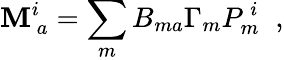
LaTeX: \mathbf{M}_{~a}^{i}=\sum_{m}B_{ma}\Gamma_{m}P_{m}^{~i}\; \; ,